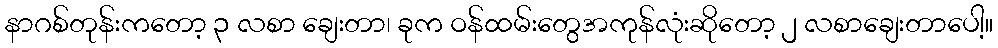
နာဂစ်တုန်းကတော့ ၃ လစာ ချေးတာ၊ ခုက ဝန်ထမ်းတွေအကုန်လုံးဆိုတော့ ၂ လစာချေးတာပေါ့။